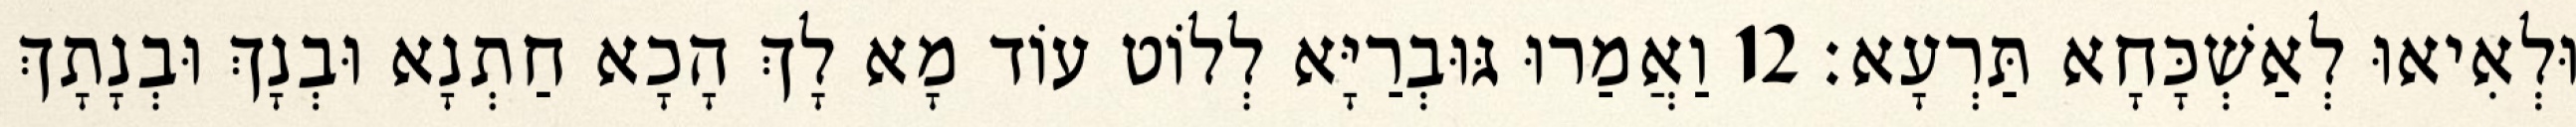
וּלְאִיאוּ לְאַשְׁכָּחָא תַּרְעָא׃ 12 וַאֲמַרוּ גּוּבְרַיָּא לְלוֹט עוֹד מָא לָךְ הָכָא חַתְנָא וּבְנָךְ וּבְנָתָךְ